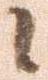
候